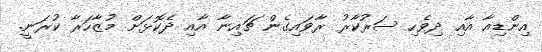
އިންޑިއާ އާއި ދިވެހި ސަރުކާރު ރާވައިގެން ޗައިނާ އާއި ދެކޮޅަށް މުޒާހަރާ ކުރަނީ.